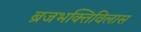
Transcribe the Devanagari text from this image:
ब्रजभक्तिविलास